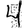
Digit: 4